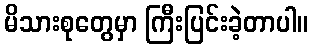
မိသားစုတွေမှာ ကြီးပြင်းခဲ့တာပါ။